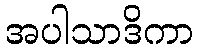
အပါသာဒိကာ